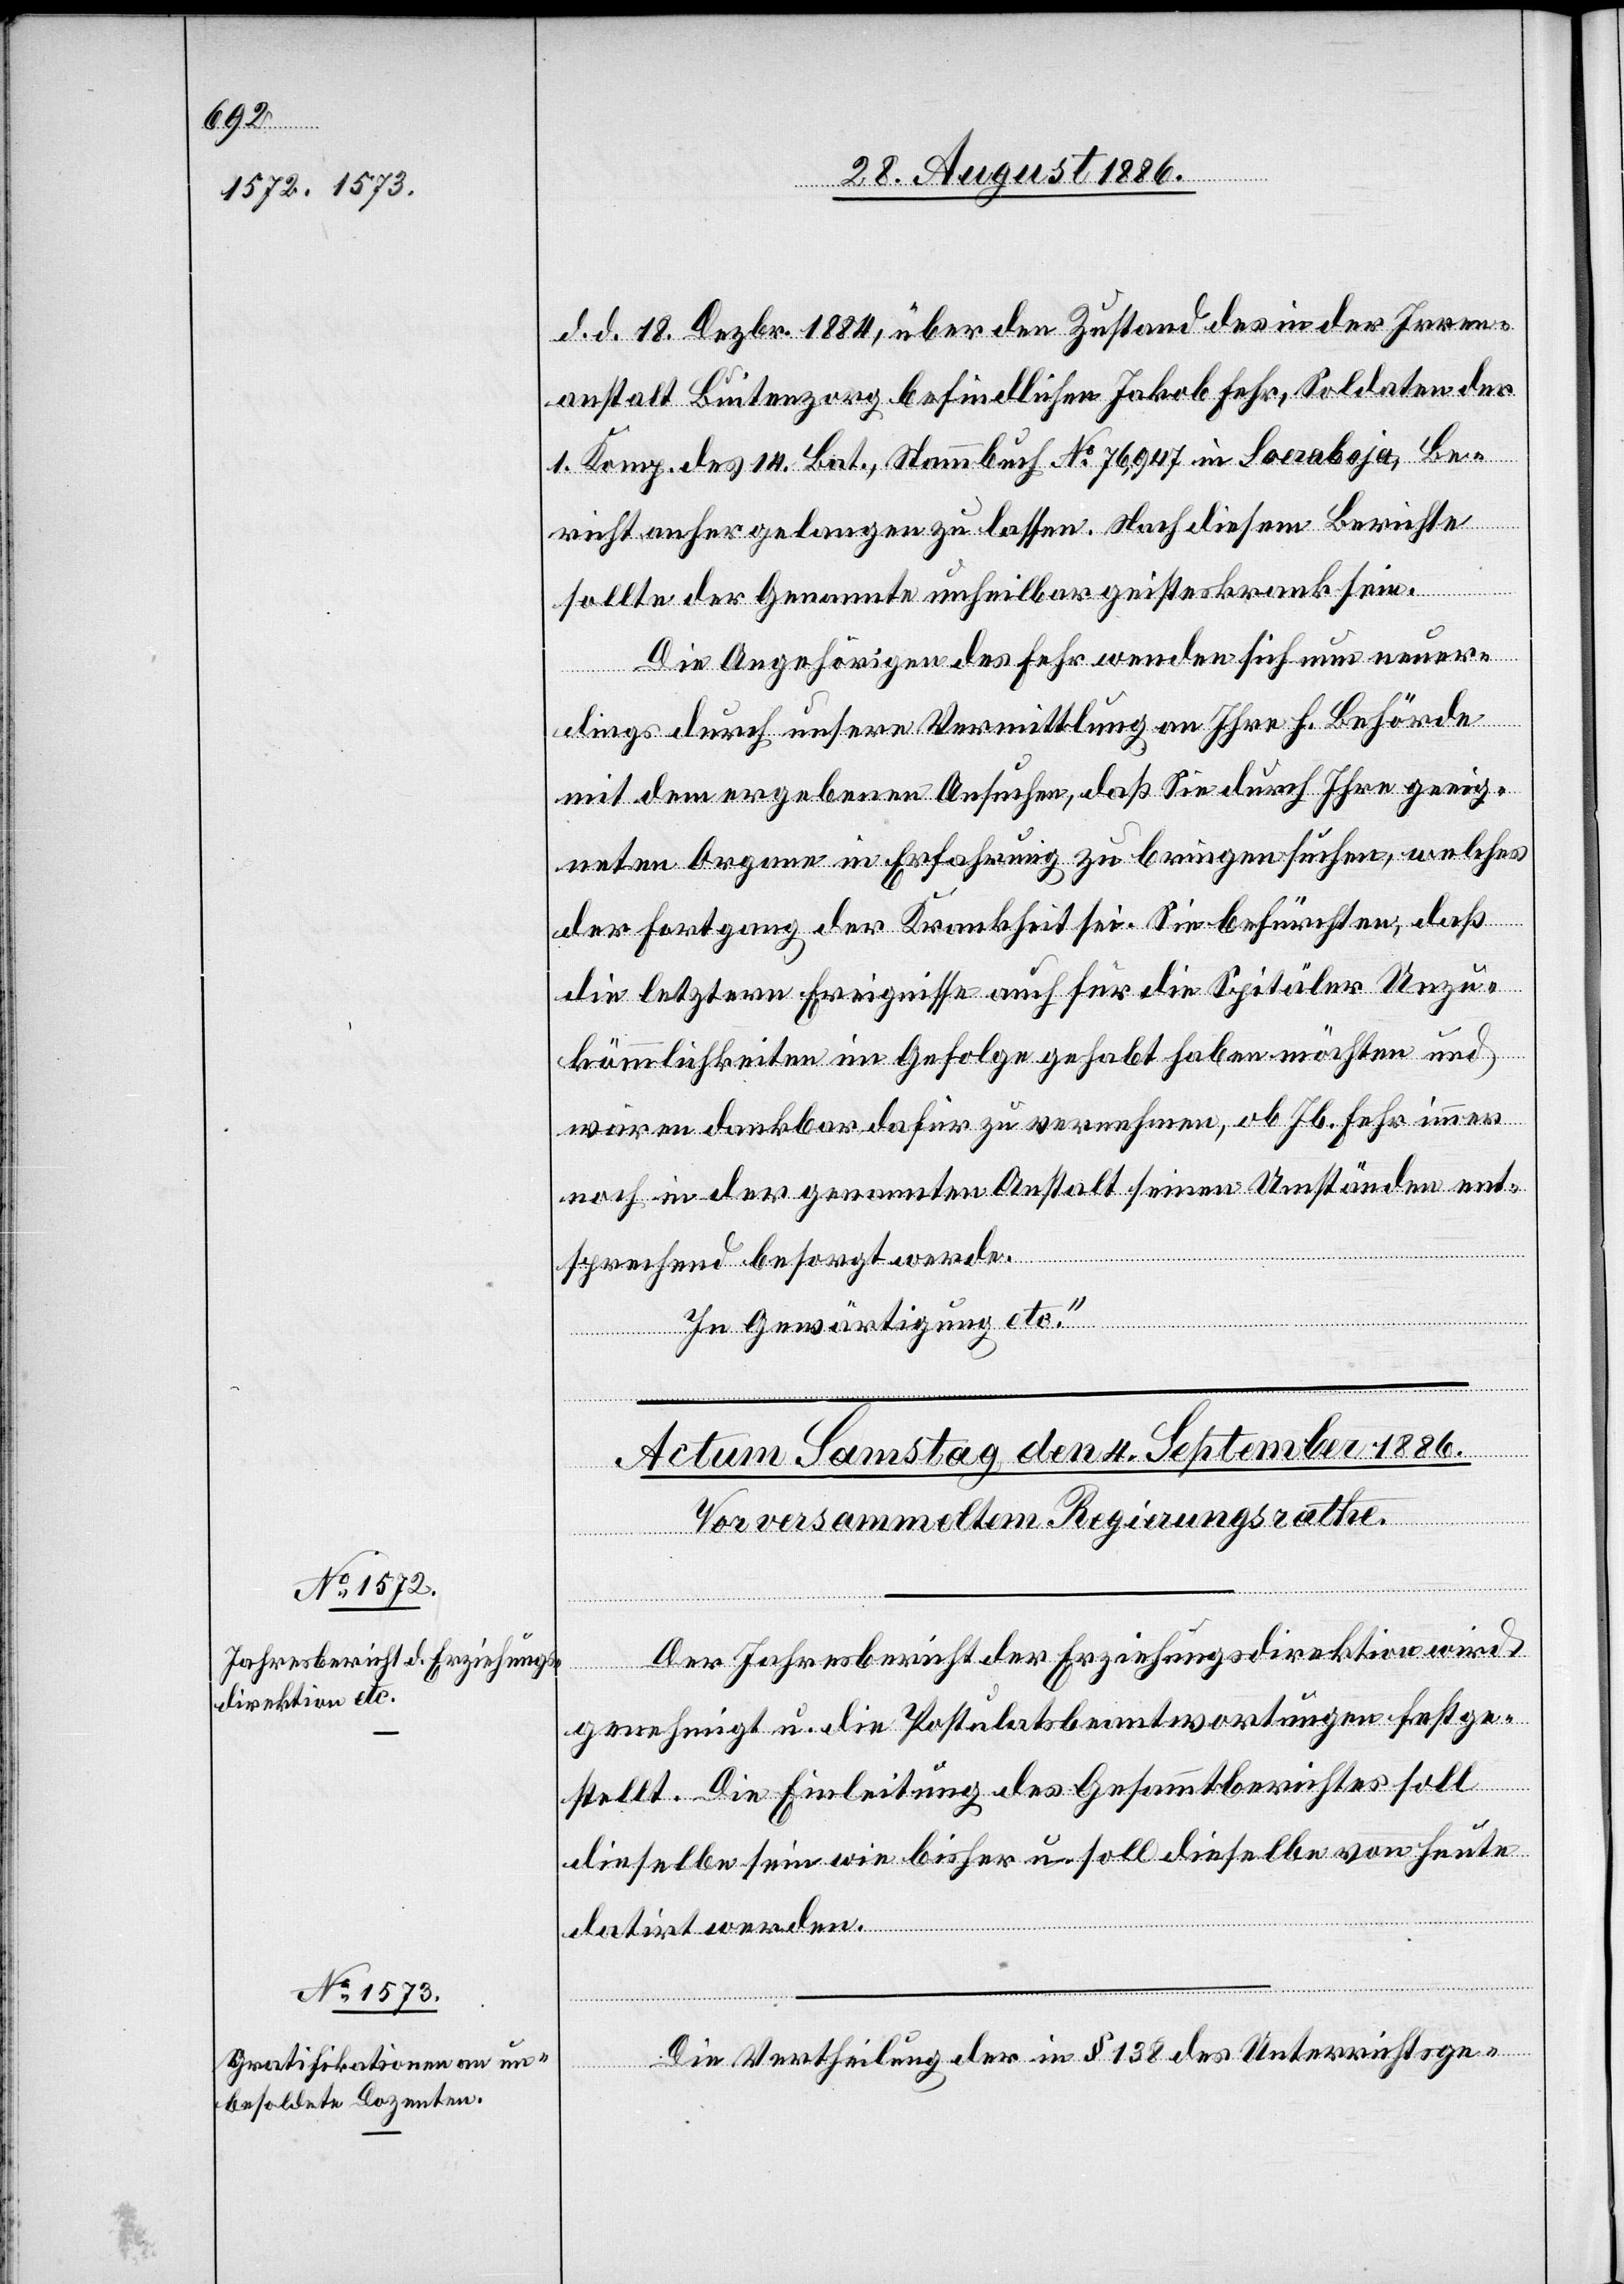
d. d. 18. Dezbr. 1884, über den Zustand des in der Irren¬
anstalt Buitenzorg befindlichen Jakob Fehr, Soldaten der
1. Komp. des 14. Bat., Stammbuch No 76,947 in Socraboja, Be¬
richt anher gehen zu lassen. Nach diesem Berichte
sollte der Genannte unheilbar geisteskrank sein.
Die Angehörigen des Fehr wenden sich nun neuer¬
dings durch unsere Vermittlung an Ihre h. Behörde
mit dem ergebenen Ansuchen, daß Sie durch Ihre geeig¬
neten Organe in Erfahrung zu bringen suchen, welches
der Fortgang der Krankheit sei. Sie befürchten, daß
die letztern Ereignisse auch für die Spitäler Unzu¬
kömmlichkeiten im Gefolge gehabt haben möchten und
wären dankbar dafür zu vernehmen, ob Jb. Fehr immer
noch in der genannten Anstalt seinen Umständen ent¬
sprechend besorgt werde.
In Gewärtigung etc.“
Der Jahresbericht der Erziehungsdirektion wird
genehmigt u. die Postulatsbeantwortungen festge¬
stellt. Die Einleitung des Gesammtberichtes soll
dieselbe sein wie bisher u. soll dieselbe von heute
datirt werden.
Die Vertheilung der in § 138 des Unterrichtsge-